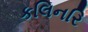
કલિનરિ